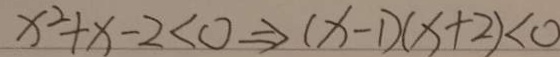
x ^ { 2 } + x - 2 < 0 \Rightarrow ( x - 1 ) ( x + 2 ) < 0